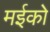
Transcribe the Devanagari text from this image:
मईको